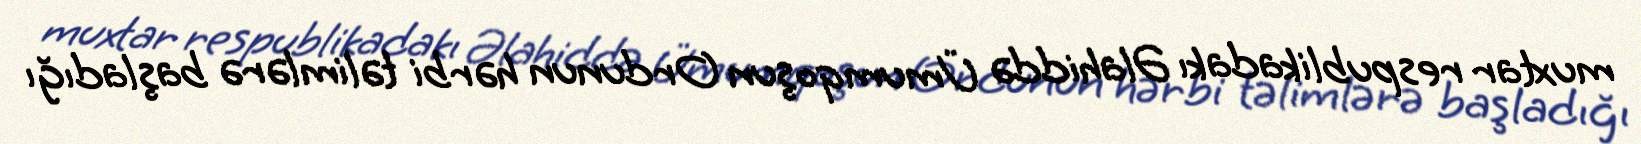
muxtar respublikadakı Əlahiddə Ümumqoşun Ordunun hərbi təlimlərə başladığı